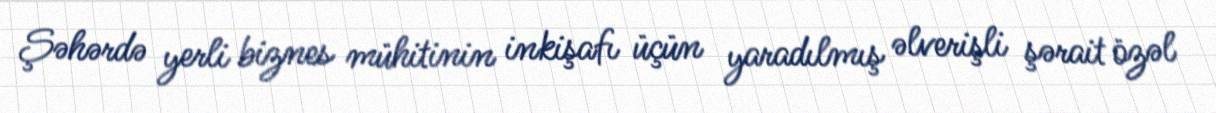
Şəhərdə yerli biznes mühitinin inkişafı üçün yaradılmış əlverişli şərait özəl